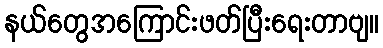
နယ်တွေအကြောင်းဖတ်ပြီးရေးတာဗျ။